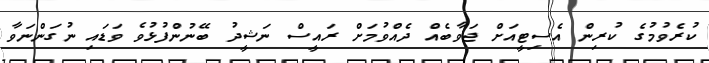
ކުރެވުމުގެ ކުރިން އެސިޓީއަށް ޖަވާބެއް ދެއްވުމަށް ރައީސް ނަޝީދު ބޭނުންފުޅުވެ ވަޑައި ނުގަންނަވާ